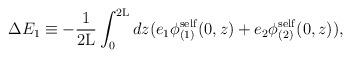
LaTeX: \begin{align*}\Delta E_1 \equiv - \frac{1}{2{\rm L}} \int_0^{2{\rm L}} dz(e_1 {\phi}_{(1)}^{\rm self}(0,z) + e_2 {\phi}_{(2)}^{\rm self}(0,z)),\end{align*}